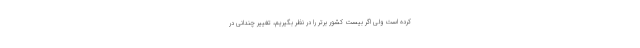
کرده است ولی اگر بیست کشور برتر را در نظر بگیریم، تغییر چندانی در